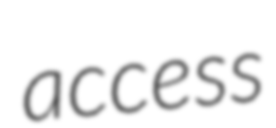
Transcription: access